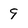
Character: 9